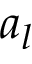
a _ { l }